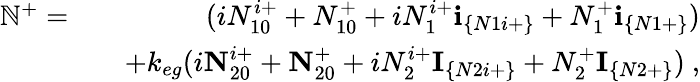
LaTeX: \begin{array}{rlr}{\mathbb{N}^{+}=}&{}&{(iN_{10}^{i+}+N_{10}^{+}+iN_{1}^{i+}\textbf{i}_{\{ N1i+\} }+N_{1}^{+}\textbf{i}_{\{ N1+\} })}\\ &{}&{+k_{eg}(i\textbf{N}_{20}^{i+}+\textbf{N}_{20}^{+}+iN_{2}^{i+}\textbf{I}_{\{ N2i+\} }+N_{2}^{+}\textbf{I}_{\{ N2+\} })~,}\end{array}